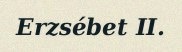
Erzsébet II.